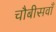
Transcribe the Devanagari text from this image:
चौबीसवाँ